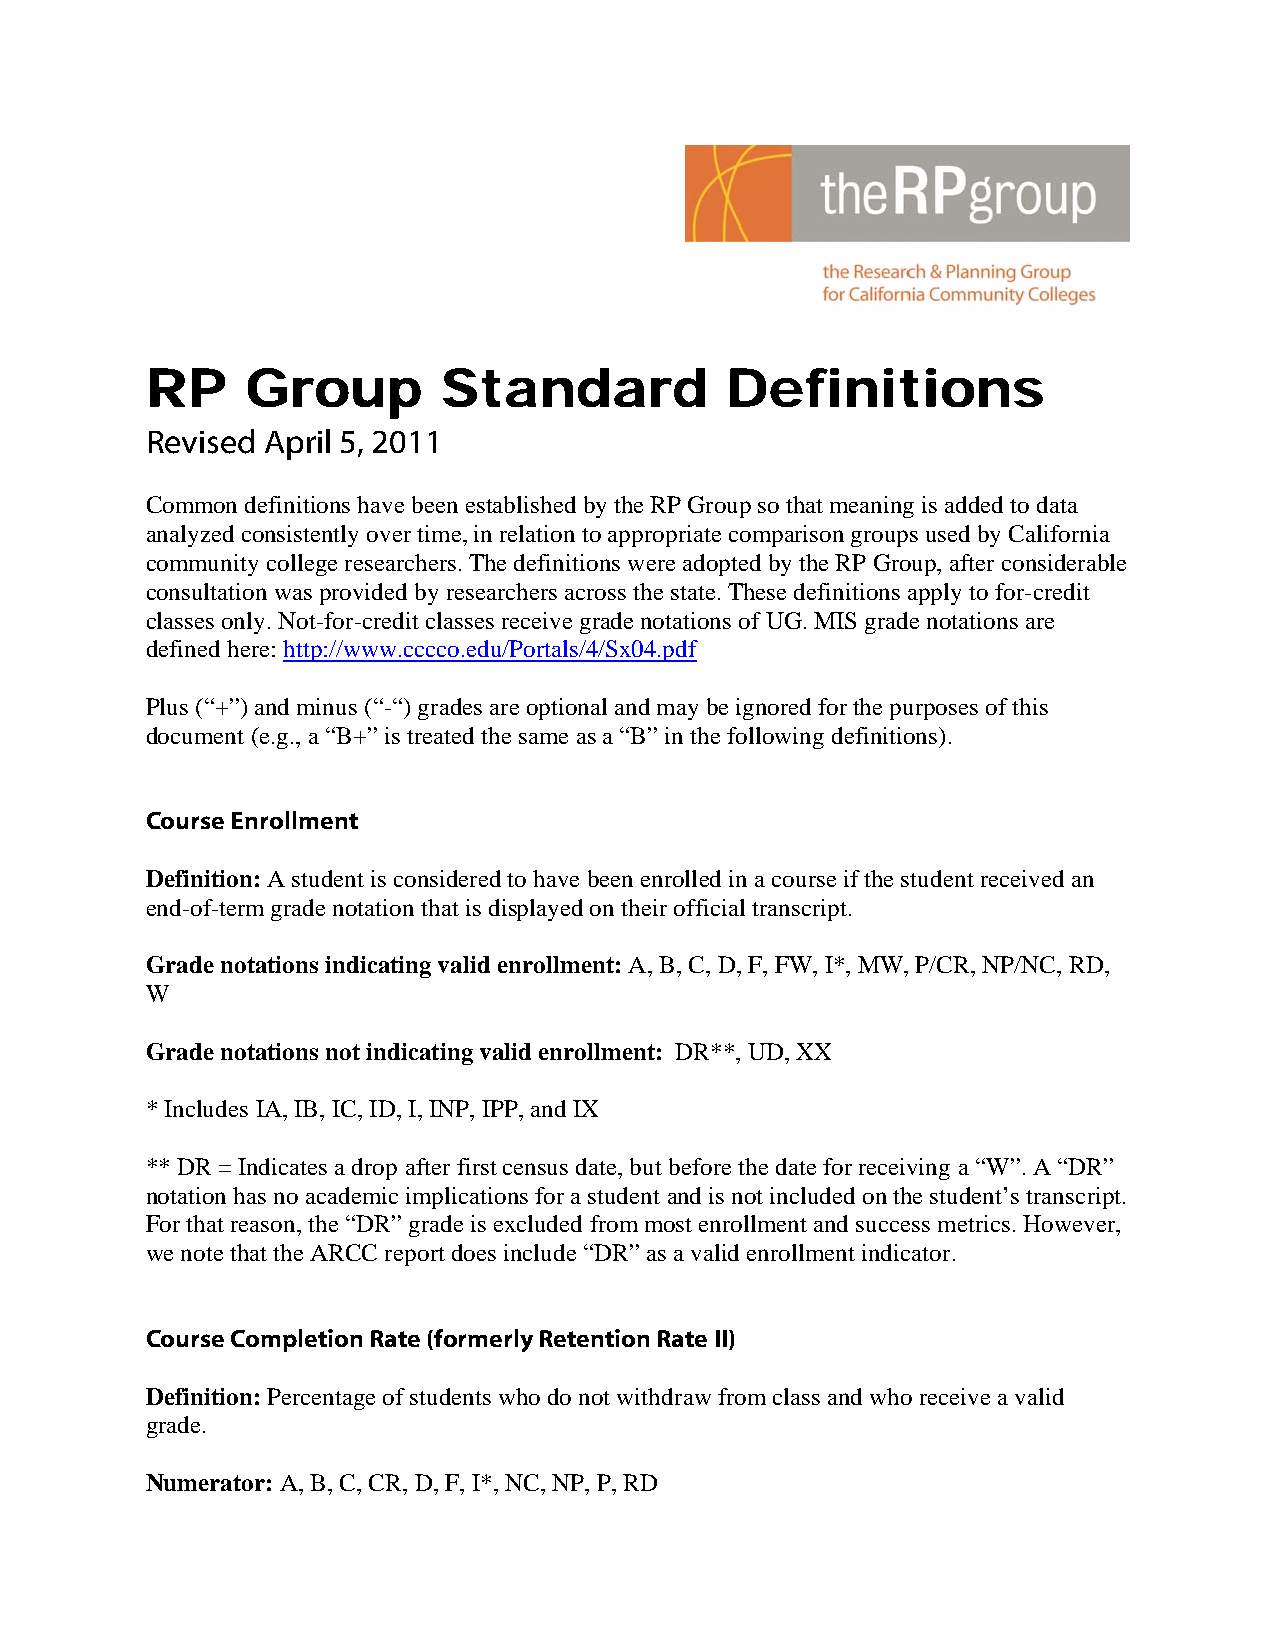
RP    Group        Standard           Definitions
 Revised April 5, 2011
 Common definitions have been established by the RP Group so that meaning is added to data
 analyzed consistently over time, in relation to appropriate comparison groups used by California
 community college researchers. The definitions were adopted by the RP Group, after considerable
 consultation was provided by researchers across the state. These definitions apply to for-credit
 classes only. Not-for-credit classes receive grade notations of UG. MIS grade notations are
 defined here: http://www.cccco.edu/Portals/4/Sx04.pdf
 Plus (“+”) and minus (“-“) grades are optional and may be ignored for the purposes of this
 document (e.g., a “B+” is treated the same as a “B” in the following definitions).
 Course Enrollment
 Definition: A student is considered to have been enrolled in a course if the student received an
 end-of-term grade notation that is displayed on their official transcript.
 Grade notations indicating valid enrollment: A, B, C, D, F, FW, I*, MW, P/CR, NP/NC, RD,
 W
 Grade notations not indicating valid enrollment: DR**, UD, XX
 * Includes IA, IB, IC, ID, I, INP, IPP, and IX
 ** DR = Indicates a drop after first census date, but before the date for receiving a “W”. A “DR”
 notation has no academic implications for a student and is not included on the student’s transcript.
 For that reason, the “DR” grade is excluded from most enrollment and success metrics. However,
 we note that the ARCC report does include “DR” as a valid enrollment indicator.
 Course Completion Rate (formerly Retention Rate II)
 Definition: Percentage of students who do not withdraw from class and who receive a valid
 grade.
 Numerator: A, B, C, CR, D, F, I*, NC, NP, P, RD